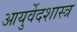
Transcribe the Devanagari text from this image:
आयुर्वेदशास्त्र